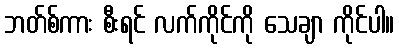
ဘတ်စ်ကား စီးရင် လက်ကိုင်ကို သေချာ ကိုင်ပါ။